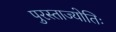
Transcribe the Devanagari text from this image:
पुरस्ताज्योतिः